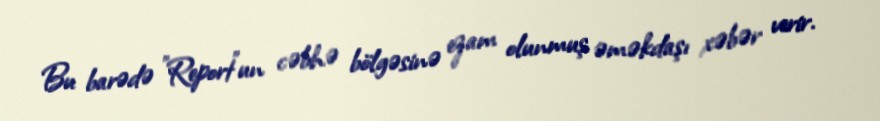
Bu barədə "Report"un cəbhə bölgəsinə ezam olunmuş əməkdaşı xəbər verir.